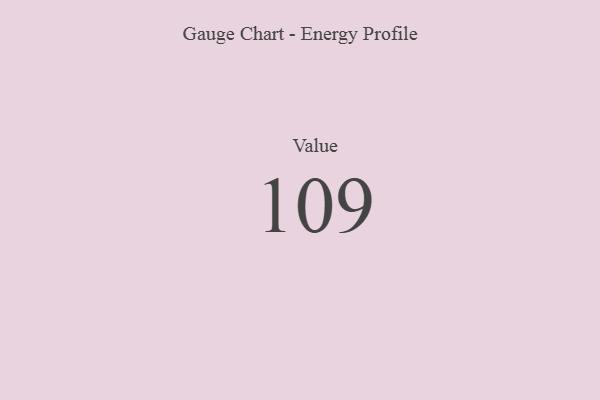
{"axis": {"x": "Metric", "y": "Value"}, "legend": [""], "data": [{"x": "Value", "y": 109, "type": ""}]}